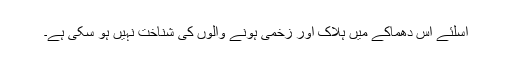
اسلئے اس دھماکے میں ہلاک اور زخمی ہونے والوں کی شناخت نہیں ہو سکی ہے۔